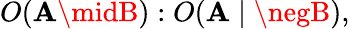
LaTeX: O(\mathbf{A}\midB):O(\mathbf{A}\mid\negB),